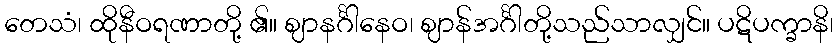
တေသံ၊ ထိုနီဝရဏာတို့ ၏။ ဈာနင်္ဂါနေဝ၊ ဈာန်အင်္ဂါတို့သည်သာလျှင်။ ပဋိပက္ခာနိ၊